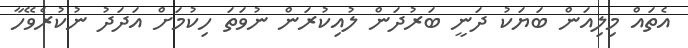
އެތައް މިލިއަން ބަޔަކު ދަނީ ބަރުދަން ލުއިކުރަން ނުވަތަ ހިކުމަށް އަދަދު ނުކުރެވޭހާ